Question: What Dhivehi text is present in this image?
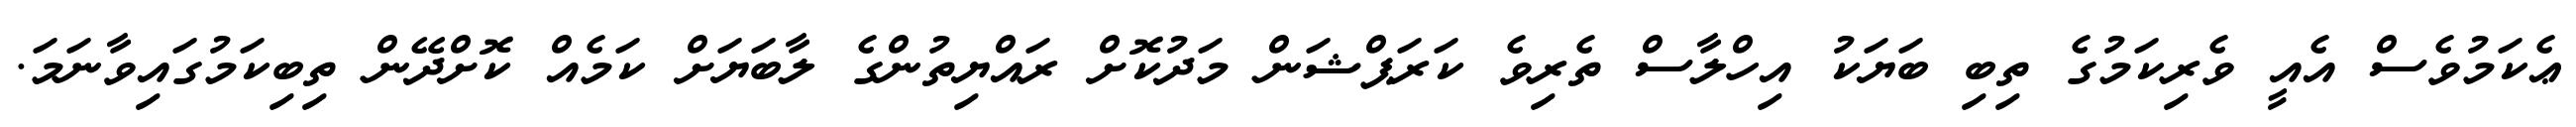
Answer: ޢެކަމުވެސް އެއީ ވެރިކަމުގެ ތިބި ބަޔަކު އިހްލާސް ތެރިވެ ކަރަޕްޝަން މަދުކޮށް ރައްޔިތުންގެ ލާބަޔަށް ކަމެއް ކޮށްދޭން ތިބިކަމުގައިވާނަމަ.